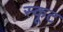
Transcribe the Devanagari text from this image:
स्कूट